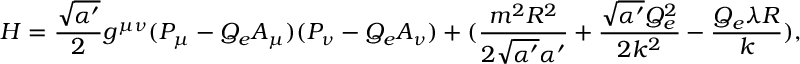
H = \frac { \sqrt { \alpha ^ { \prime } } } { 2 } g ^ { \mu \nu } ( P _ { \mu } - Q _ { e } A _ { \mu } ) ( P _ { \nu } - Q _ { e } A _ { \nu } ) + ( \frac { m ^ { 2 } R ^ { 2 } } { 2 \sqrt { \alpha ^ { \prime } } \alpha ^ { \prime } } + \frac { \sqrt { \alpha ^ { \prime } } Q _ { e } ^ { 2 } } { 2 k ^ { 2 } } - \frac { Q _ { e } \lambda R } { k } ) ,